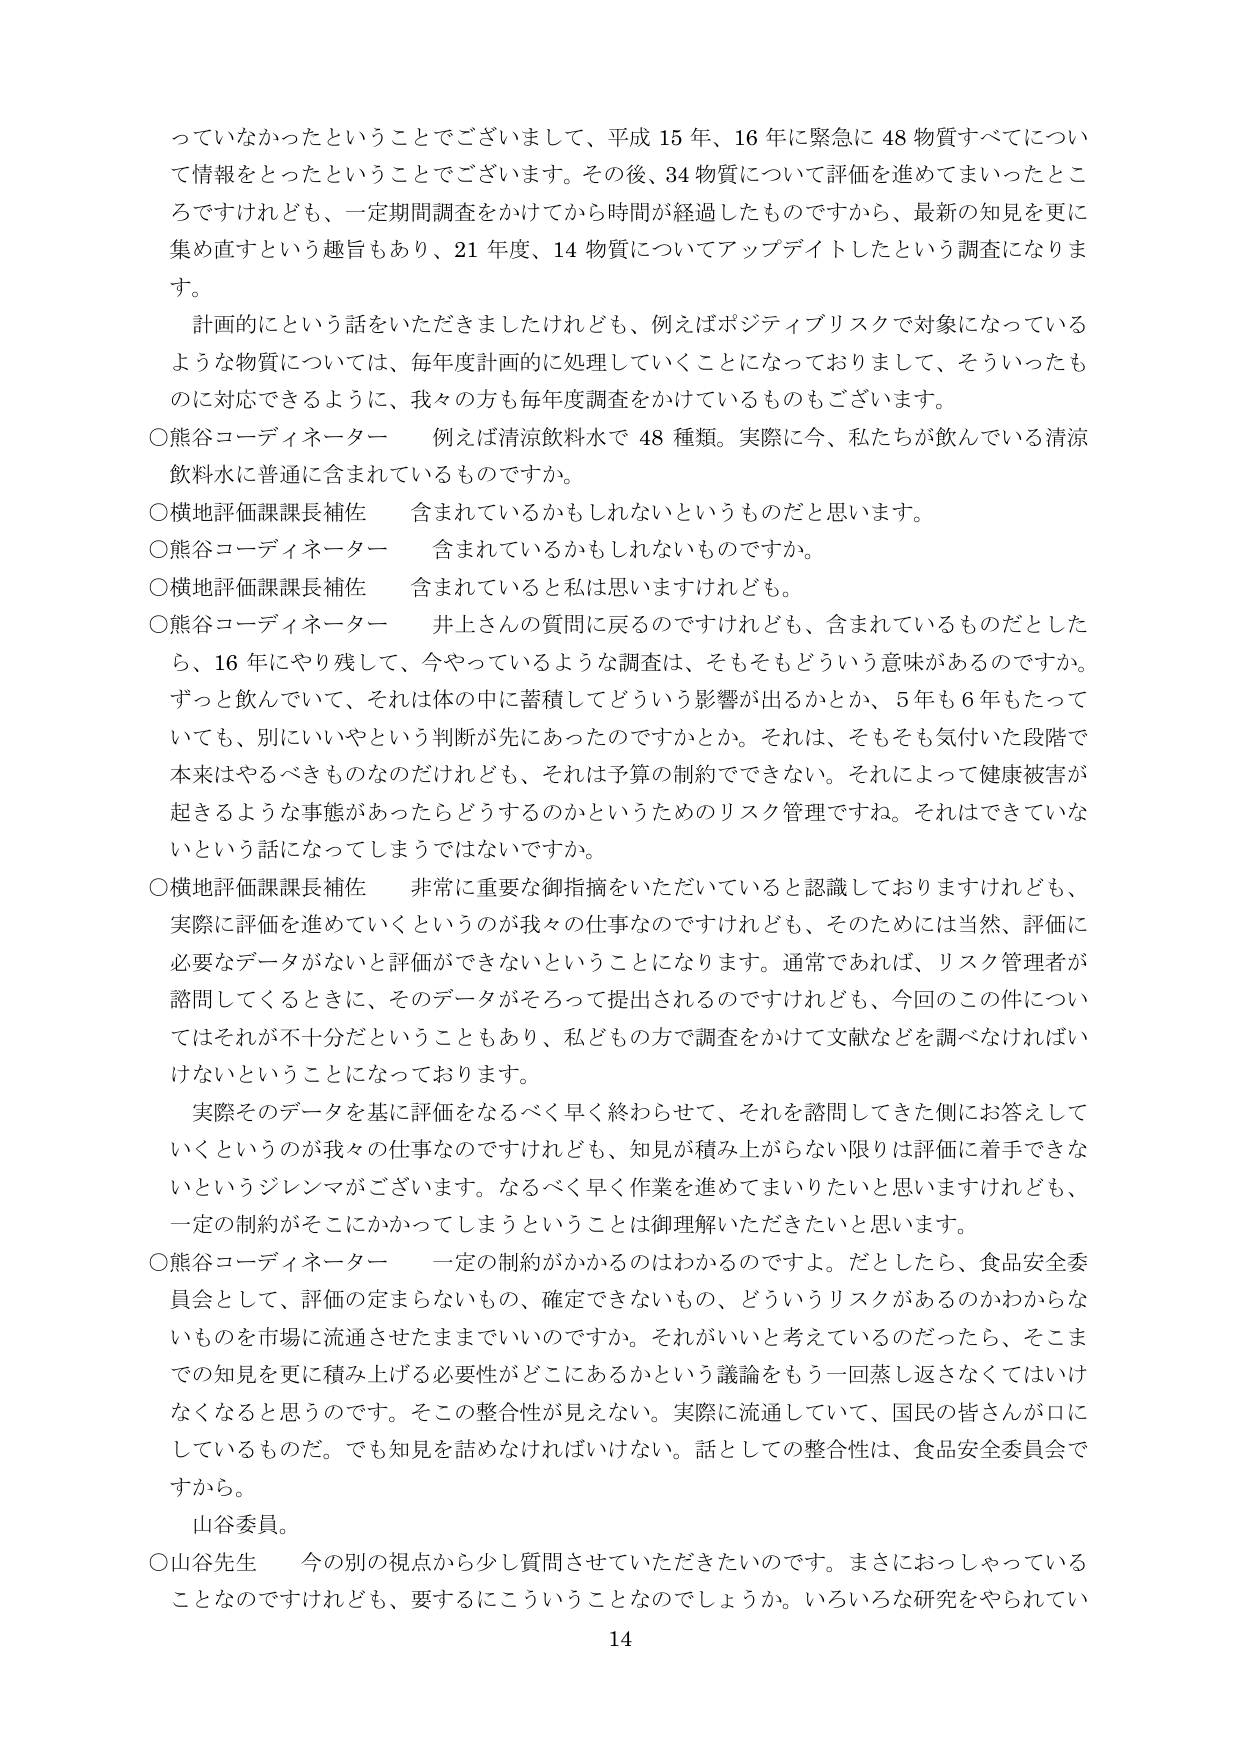
っていなかったということでございまして、平成15年、16年に緊急に48物質すべてについて情報をとったということでございます。その後、34物質について評価を進めてまいったところですけれども、一定期間調査をかけてから時間が経過したものですから、最新の知見を更に集め直すという趣旨もあり、21年度、14物質についてアップデートしたという調査になります。

計画的にという話をいただきましたけれども、例えばポジティブリスクで対象になっているような物質については、毎年度計画的に処理していくことになっておりまして、そういったものに対応できるように、我々の方も毎年度調査をかけているものもございます。

○熊谷コーディネーター　例えば清涼飲料水で48種類。実際に今、私たちが飲んでいる清涼飲料水に普通に含まれているものですか。

○横地評価課課長補佐　含まれているかもしれないというものですと思います。

○熊谷コーディネーター　含まれているかもしれないものですか。

○横地評価課課長補佐　含まれているとは思いますけれども。

○熊谷コーディネーター　井上さんの質問に戻るのですけれども、含まれているものだとしたら、16年にやり残して、今やっているような調査は、そもそもどういう意味があるのですか。ずっと飲んでいて、それは体の中に蓄積してどういう影響が出るかとか、5年も6年もたっていても、別にいいやという判断が先にあったのですかとか。それは、そもそも気付いた段階で本来はやるべきものなのだけれども、それは予算の制約でできない。それによって健康被害が起きるような事態があったらどうするのかというためのリスク管理ですね。それはできていないという話になってしまうではないですか。

○横地評価課課長補佐　非常に重要な御指摘をいただいていると認識しておりますけれども、実際に評価を進めていくというのが我々の仕事なのですけれども、そのためには当然、評価に必要なデータがないと評価ができないということになります。通常であれば、リスク管理者が諮問してくるときに、そのデータがそろって提出されるのですけれども、今回のこの件についてはそれが不十分だということもあり、私どもの方で調査をかけて文献などを調べなければいけないということになっております。

実際そのデータを基に評価をなるべく早く終わらせて、それを諮問してきた側にお答えしていくというのが我々の仕事なのですけれども、知見が積み上がらない限りは評価に着手できないというジレンマがございます。なるべく早く作業を進めてまいりたいと思いますけれども、一定の制約がそこにかかってしまうということは御理解いただきたいと思います。

○熊谷コーディネーター　一定の制約がかかるのはわかるのですよ。だとしたら、食品安全委員会として、評価の定まらないもの、確定できないもの、どういうリスクがあるのかわからないものを市場に流通させたままでいいのですか。それがいいと考えているのだったら、そこまでの知見を更に積み上げる必要性がどこにあるかという議論をもう一回蒸し返さなくてはいけなくなると思うのです。そこの整合性が見えない。実際に流通していて、国民の皆さんが口にしているものだ。でも知見を詰めなければいけない。話としての整合性は、食品安全委員会ですから。

山谷委員。

○山谷先生　今の別の視点から少し質問させていただきたいのです。まさにいらっしゃっていることなのですけれども、要するにこういうことなのでしょうか。いろいろな研究をやられていて

14